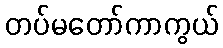
တပ်မတော်ကာကွယ်